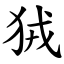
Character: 狨